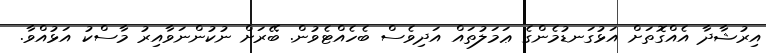
އިރުޝާދާ އެއްގޮތަށް އަޅުގަނޑުމެންގެ ޢަމަލުތައް އަދިވެސް ބެހެއްޓެވުން. ބޭރަށް ނުކުންނަވާއިރު މާސްކު އަޅުއްވާ.